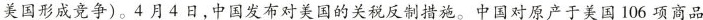
美国形成竞争)。4月4 日,中国发布对美国的关税反制措施。中国对原产于美国 106 项商品